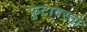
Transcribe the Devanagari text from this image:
फुटावरती